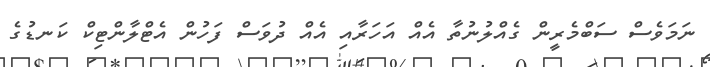
ނަމަވެސް ސަބްމެރީން ގެއްލުނުތާ އެއް އަހަރާއި އެއް ދުވަސް ފަހުން އެޓްލާންޓިކް ކަނޑުގެ